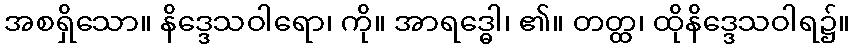
အစရှိသော။ နိဒ္ဒေသဝါရော၊ ကို။ အာရဒ္ဓေါ၊ ၏။ တတ္ထ၊ ထိုနိဒ္ဒေသဝါရ၌။